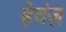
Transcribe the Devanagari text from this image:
हेवंज़